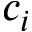
c _ { i }